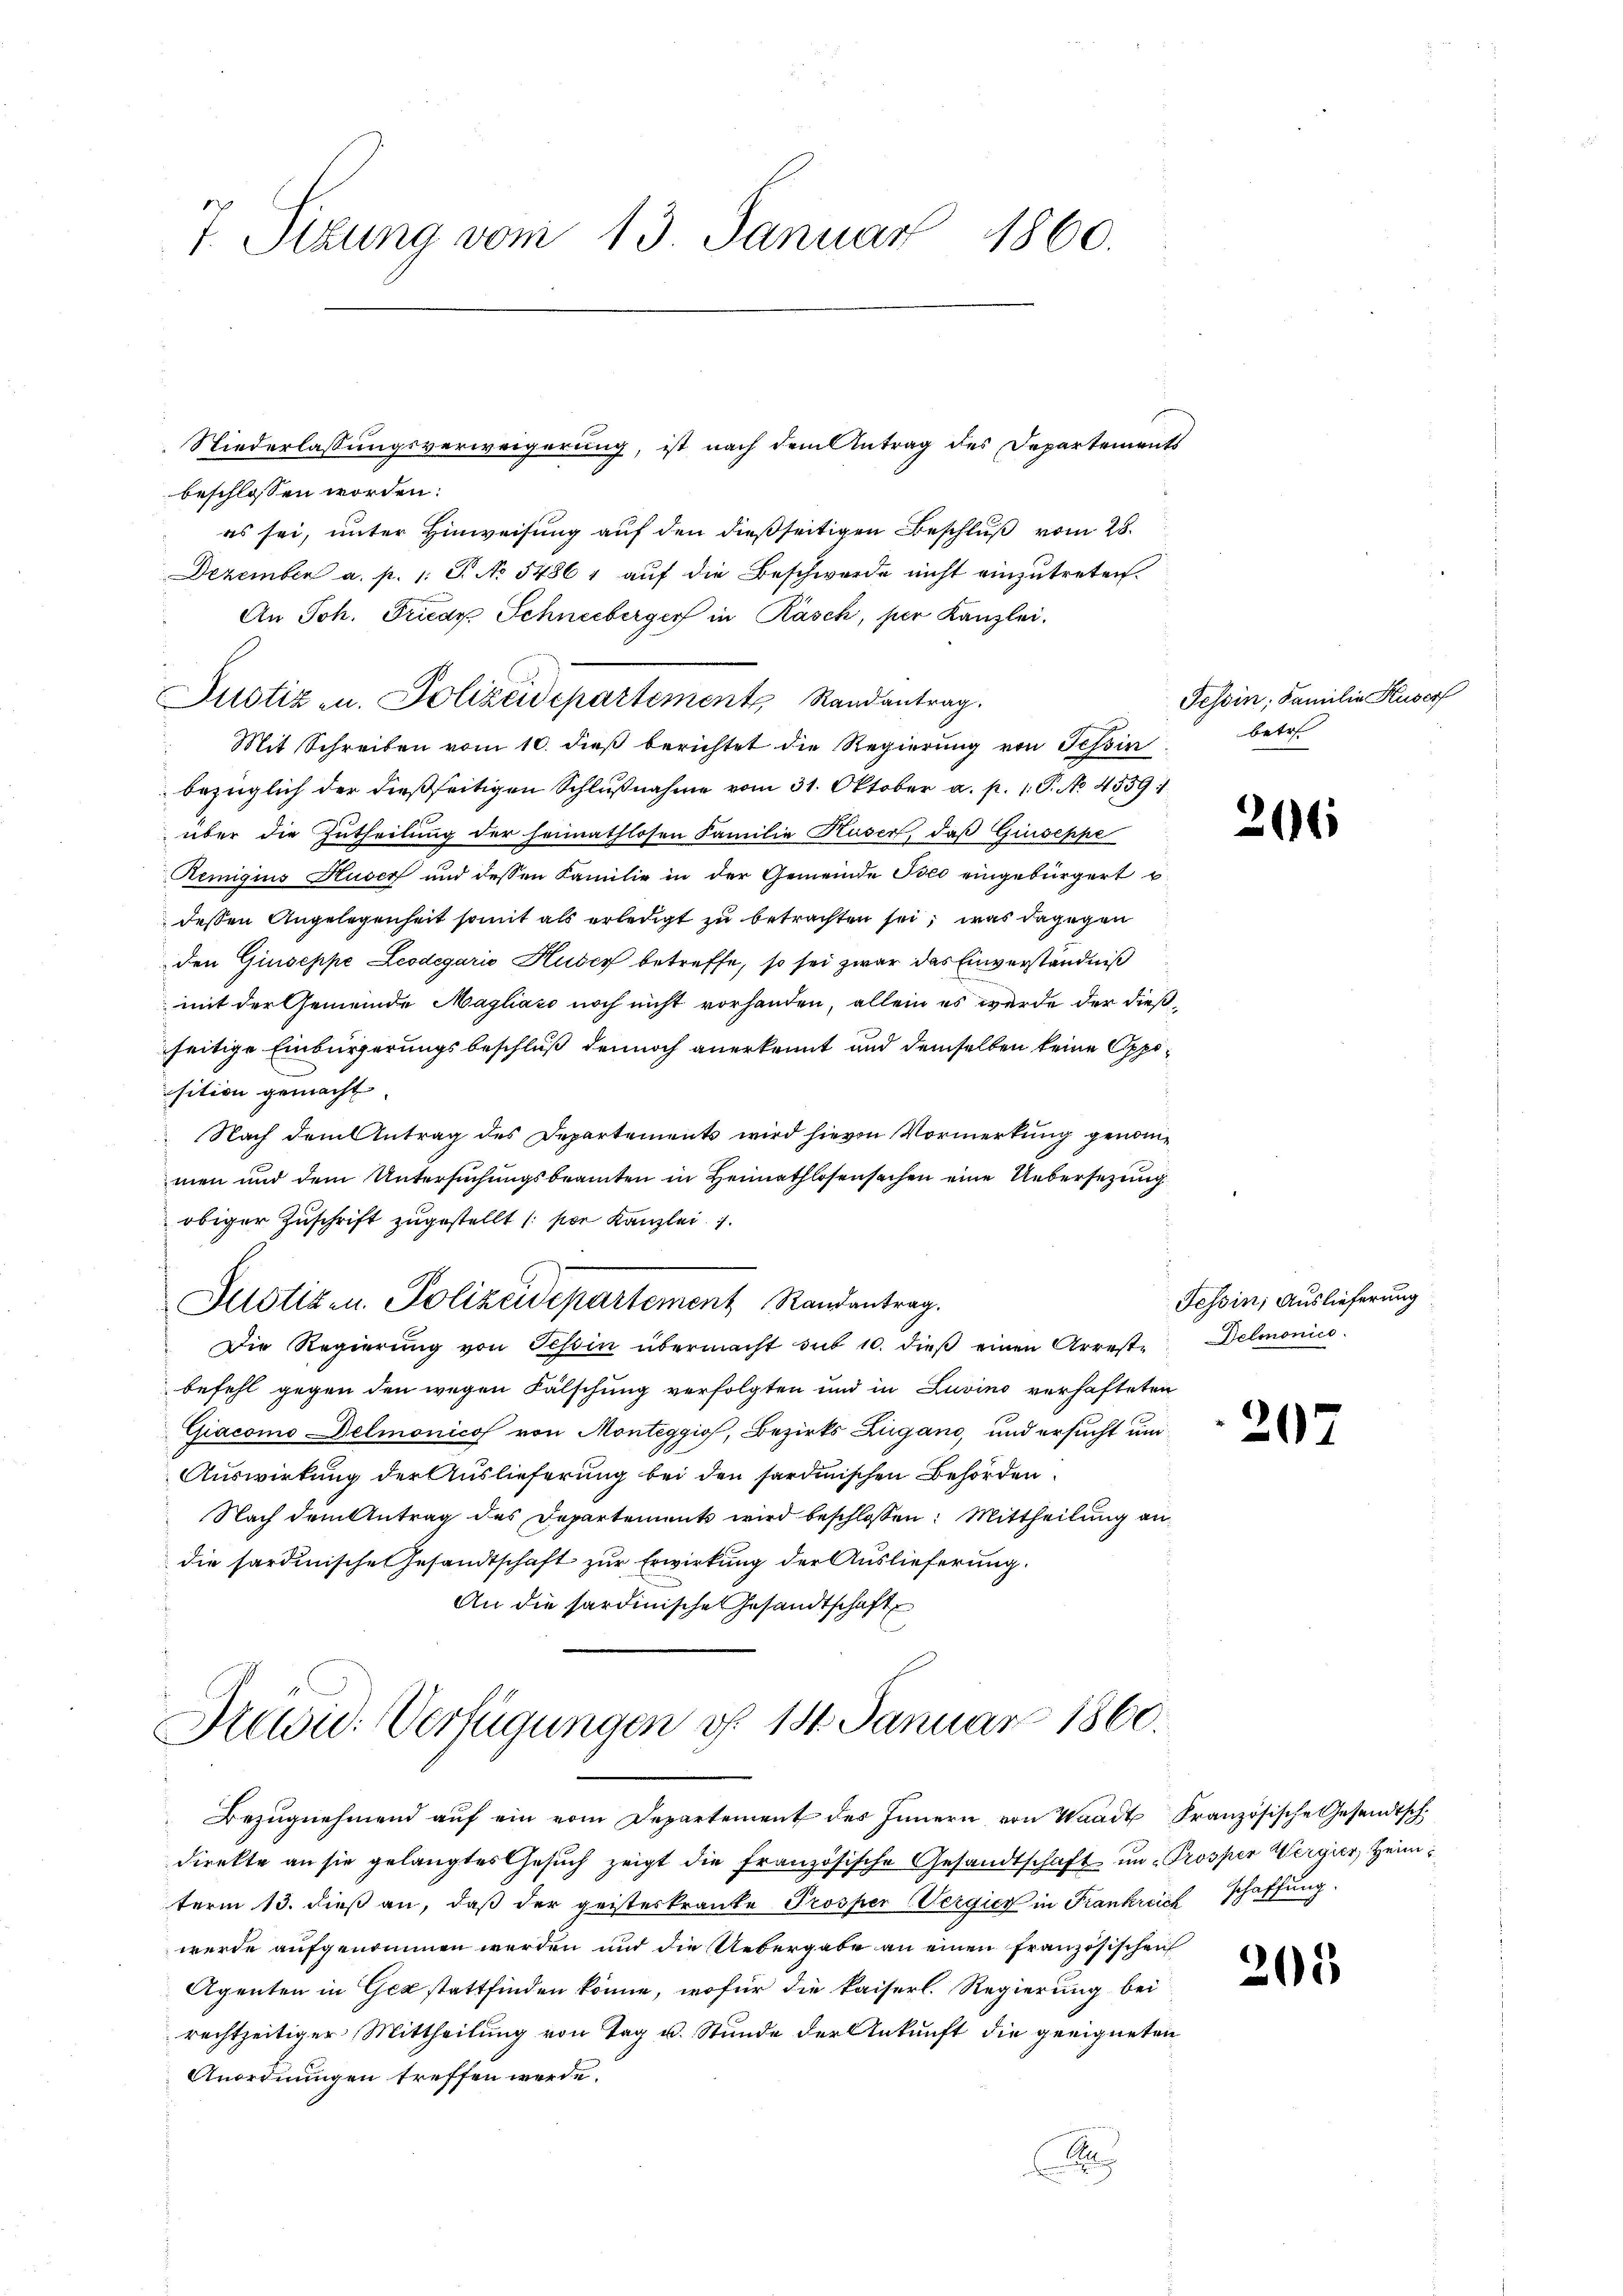
7 Sizung vom 13. Januar 1860.

beschlossen worden:
es sei, unter Hinweisung auf den dießseitigen Beschluß vom 28.
Dezember a. p. 1. J. No 5436 auf die Beschwerde nicht einzutreten.
An Joh. Friedr Schneeberger in Rasch, per Kanzlei.
Justiz u. Polizeidepartement Randantrag.
Mit Schreiben vom 10. dieß berichtet die Regierung von Tessin
bezüglich der dießseitigen Schlŭβnahme vom 31. Oktober a. p. 1. P. No. 4559:
über die Zutheilung der heimathlosen Familie Huser, daß Giuseppe
Remigius Huser und dessen Familie in der Gemeinde Tico eingebürgert u.
dessen Angelegenheit somit als erledigt zu betrachten sei, was dagegen
den Giuseppe Leodegario Huder betreffe, so sei zwar das Einverständniß
mit der Gemeinde Magliato noch nicht vorhanden, allein es werde der dießseitige Einbürgerungsbeschluß dennoch anerkennt und demselben keine Opposition gemacht
Nach dem Antrag des Departements wird hievon Vormerkung genommen und dem Untersuchungsbeamten in Heimathlosensachen eine Uebersezung
obiger Zuschrift zugestellt (sor Kanzlei. 1.
e
Justizen Polizeidepartement Randantrag.
Die Regierung von Tessin übermacht mit 10. dieß einen Arreste
befehl gegen den wegen Fälschung verfolgten und in Zuvino verhafteten
Giacomo Delmonicof von Monteggio, Bezirks Zugano, und ersucht un¬
Auswirkung der Auslieferung bei den sardinischen Behörden
Nach dem Antrag des Departements wird beschlossen: Mittheilung an
die sardinische Gesandtschaft zur Erwirkung der Auslieferung.
An die sardinische Gesandtschaft

Niederlassungsverweigerung, ist nach dem Antrag des Departements

Krawid: Verfügungen d. 14. Januar 1860.

Bezŭgnehmend aŭf ein vom Departement des Innern von Waadt Französische Gesandtsch
direkte an sie gelangtes Gesuch zeigt die französische Gesandtschaft im Prosper Wergier, Heimterm 13. dieß an, daß der geisteskranke Prosper (Vergier in Frankreich schaffung.
werde aufgenommen werden und die Uebergabe an einen Französischei
Agenten in Gestattfinden könne, wofür die kaiserl. Regierung bei
rechtzeitiger Mittheilung von Tag u. Stunde der Ankunft die geeigneten
Anordnungen treffen werde.
x

Tessin, Familie Kuserf
betr.

216

Tessin; Auslieferung
Delmonico.

207

205